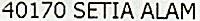
40170 SETIA ALAM